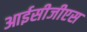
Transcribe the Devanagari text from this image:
आईसीजीएस